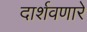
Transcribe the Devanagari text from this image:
दार्शवणारे